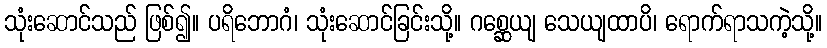
သုံးဆောင်သည် ဖြစ်၍။ ပရိဘောဂံ၊ သုံးဆောင်ခြင်းသို့။ ဂစ္ဆေယျ သေယျထာပိ၊ ရောက်ရာသကဲ့သို့။